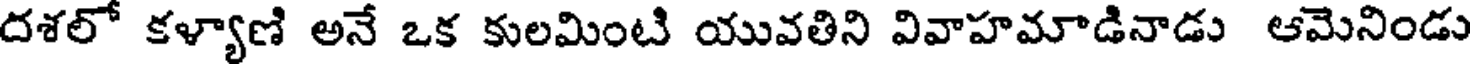
దశలో కళ్యాణి అనే ఒక కులమింటి యువతిని వివాహమాడినాడు ఆమెనిండు